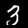
Digit: 3